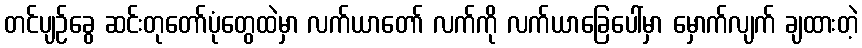
တင်ပျဉ်ခွေ ဆင်းတုတော်ပုံတွေထဲမှာ လက်ယာတော် လက်ကို လက်ယာခြေပေါ်မှာ မှောက်လျက် ချထားတဲ့